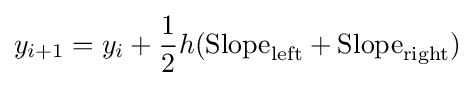
y_{i+1}=y_{i}+{\frac {1}{2}}h({\text{Slope}}_{\text{left}}+{\text{Slope}}_{\text{right}})